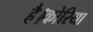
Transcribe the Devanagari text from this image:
है।कोरिया